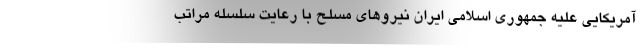
آمریکایی علیه جمهوری اسلامی ایران نیروهای مسلح با رعایت سلسله مراتب